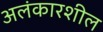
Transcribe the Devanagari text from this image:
अलंकारशील